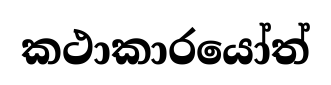
කථාකාරයෝත්